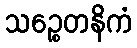
သဉ္စေတနိကံ